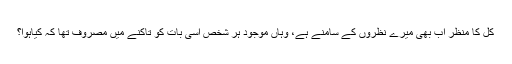
کل کا منظر اب بھی میرے نظروں کے سامنے ہے، وہاں موجود ہر شخص اسی بات کو تاکنے میں مصروف تھا کہ کیاہوا؟